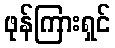
ဖုန်ကြားရှင်